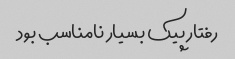
رفتار پیک بسیار نامناسب بود